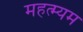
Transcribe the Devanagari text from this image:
महत्म्यम